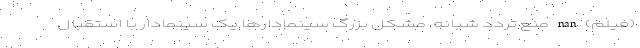
(فیلم) nan منع تردد شبانه، مشکل بزرگ سینمادارها یک سینمادار با استقبال